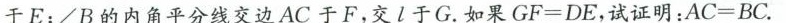
干E：∠B的内角平分线交边AC于F，交l于G。如果$$G F = D E$$，试证明：$$A C = B C$$。